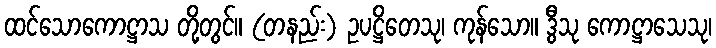
ထင်သောကောဋ္ဌာသ တို့တွင်။ (တနည်း) ဥပဋ္ဌိတေသု၊ ကုန်သော။ ဒွီသု ကောဋ္ဌာသေသု၊